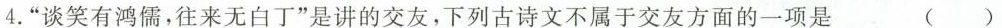
4.”谈笑有鸿儒，往来无白丁”是讲的交友，下列古诗文不属于交友方面的一项是()